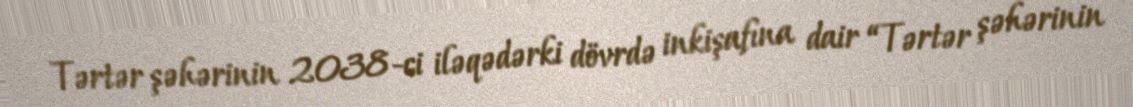
Tərtər şəhərinin 2038-ci iləqədərki dövrdə inkişafına dair “Tərtər şəhərinin